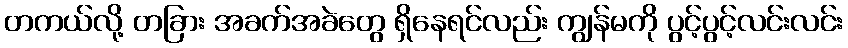
တကယ်လို့ တခြား အခက်အခဲတွေ ရှိနေရင်လည်း ကျွန်မကို ပွင့်ပွင့်လင်းလင်း